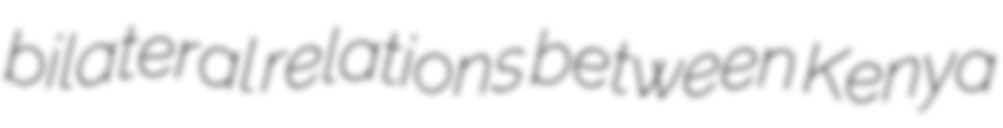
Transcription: bilateral relations between Kenya